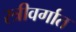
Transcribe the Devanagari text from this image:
स्त्रीवर्गात